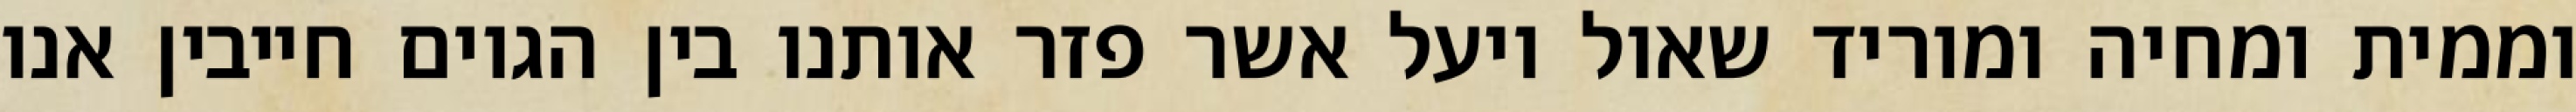
וממית ומחיה ומוריד שאול ויעל אשר פזר אותנו בין הגוים חייבין אנו